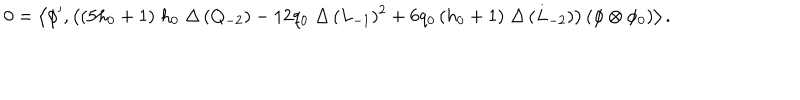
0 = \left\langle \phi ^ { \prime } , \left( ( 5 h _ { 0 } + 1 ) \; h _ { 0 } \; \Delta \, ( Q _ { - 2 } ) - 1 2 q _ { 0 } \; \Delta \, ( L _ { - 1 } ) ^ { 2 } + 6 q _ { 0 } \, ( h _ { 0 } + 1 ) \; \Delta \, ( L _ { - 2 } ) \right) \left( \phi \otimes \phi _ { 0 } \right) \right\rangle .